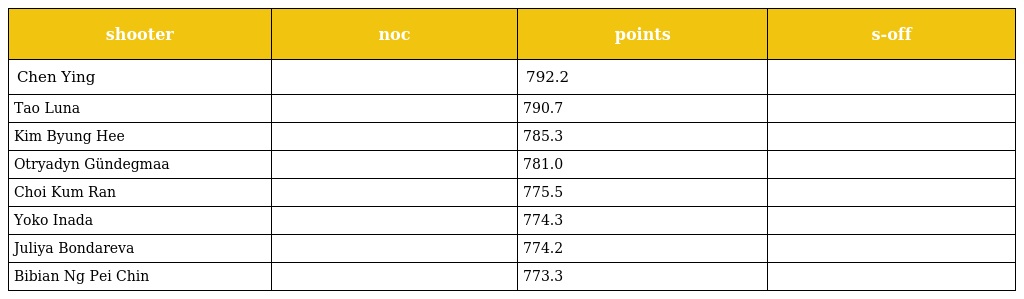
| shooter | noc | points | s-off |
 | --- | --- | --- | --- |
 | Chen Ying |  | 792.2 |  |
 | Tao Luna |  | 790.7 |  |
 | Kim Byung Hee |  | 785.3 |  |
 | Otryadyn Gündegmaa |  | 781.0 |  |
 | Choi Kum Ran |  | 775.5 |  |
 | Yoko Inada |  | 774.3 |  |
 | Juliya Bondareva |  | 774.2 |  |
 | Bibian Ng Pei Chin |  | 773.3 |  |